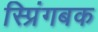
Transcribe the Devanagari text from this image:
स्प्रिंगबक